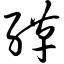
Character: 缂